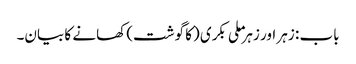
باب : زہر اور زہر ملی بکری (کا گوشت) کھانے کا بیان۔